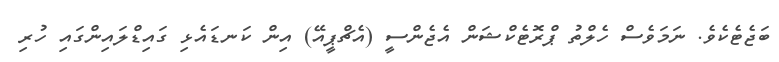
ބަޖެޓެކެވެ. ނަމަވެސް ހެލްތު ޕްރޮޓެކްޝަން އެޖެންސީ (އެޗްޕީއޭ) އިން ކަނޑައެޅި ގައިޑްލައިންގައި ހުރި